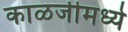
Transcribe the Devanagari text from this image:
काळजीमध्ये